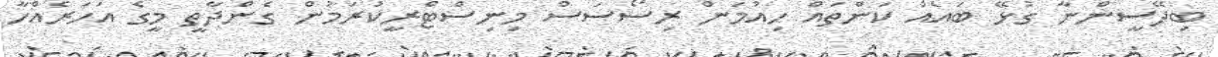
ބިދޭސީންނާ ގުޅޭ ބައެއް ކަންތައް ހިއުމަން ރިސޯސަސް މިނިސްޓްރީކުރަމުން ގެންދާތީ މީގެ އަހަރެއްހާ